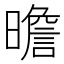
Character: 曕